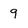
Character: 9